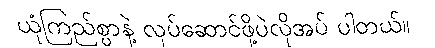
ယုံကြည်စွာနဲ့ လုပ်ဆောင်ဖို့ပဲလိုအပ် ပါတယ်။